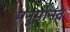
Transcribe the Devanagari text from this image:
मनुमानव